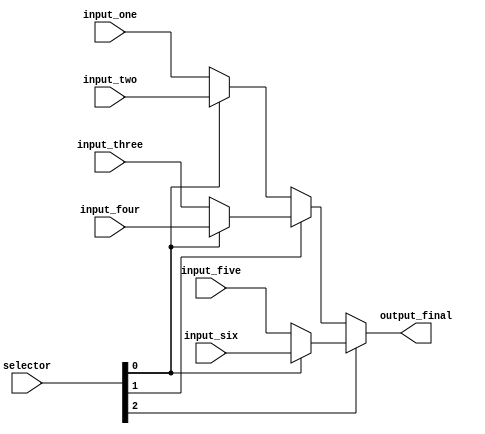
module mux_writeData (
  input wire  [2:0]  selector,
  input wire  [31:0] input_one,
  input wire  [31:0] input_two,
  input wire  [31:0] input_three,
  input wire  [31:0] input_four,
  input wire  [31:0] input_five,
  input wire  [31:0] input_six,
  output wire [31:0] output_final
);

  wire [31:0] aux_1;
  wire [31:0] aux_2;
  wire [31:0] aux_3;
  wire [31:0] aux_4;

  assign aux_1 = (selector[0]) ? input_two : input_one;
  assign aux_2 = (selector[0]) ? input_four : input_three;
  assign aux_3 = (selector[1]) ? aux_2 : aux_1;
  assign aux_4 = (selector[0]) ? input_six : input_five;
  assign output_final = (selector[2]) ? aux_4: aux_3;

  endmodule